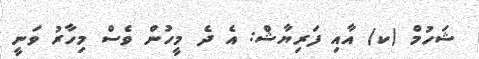
ޝަހުމް (ކ) އާއި ފަރިޔާޝް: އެ ދެ މީހުން ވެސް މިހާރު ވަނީ